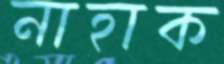
নাহাক